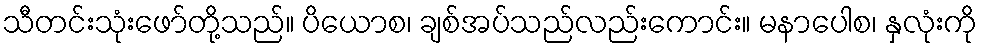
သီတင်းသုံးဖော်တို့သည်။ ပိယောစ၊ ချစ်အပ်သည်လည်းကောင်း။ မနာပေါစ၊ နှလုံးကို